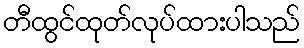
တီထွင်ထုတ်လုပ်ထားပါသည်